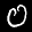
Label: 0